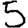
Digit: 5